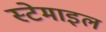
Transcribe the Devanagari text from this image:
स्टेमाइल